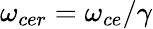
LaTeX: \omega_{cer}=\omega_{ce}/\gamma